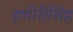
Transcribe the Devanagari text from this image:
हमीरीसिंह